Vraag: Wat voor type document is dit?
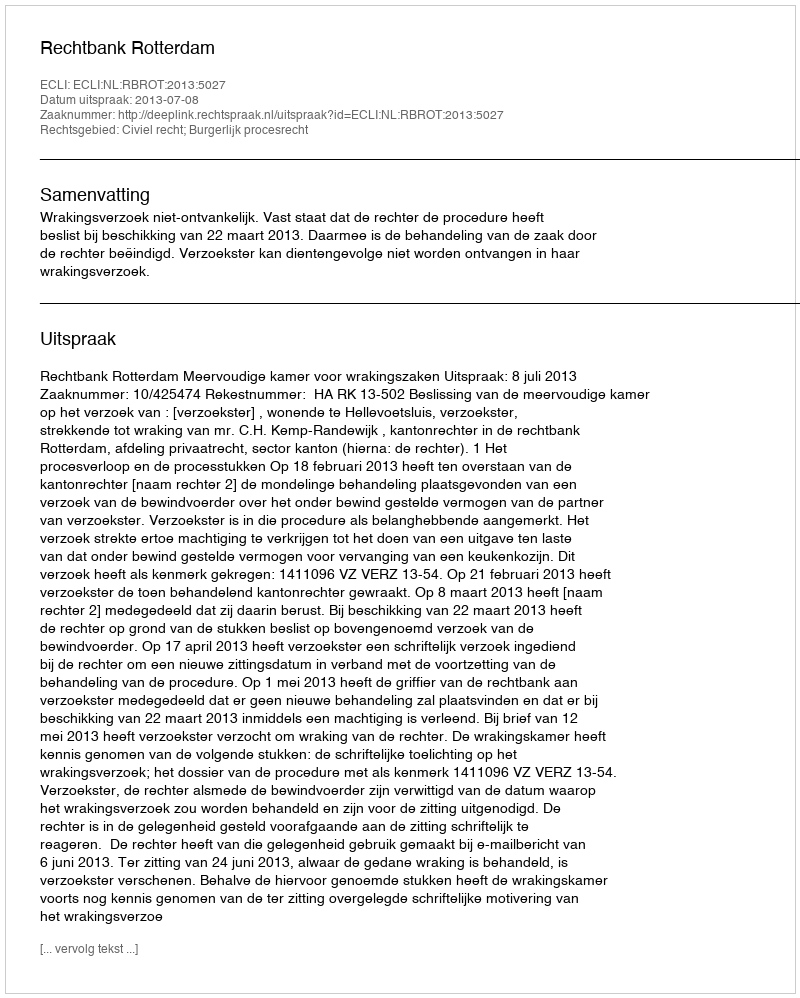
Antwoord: Uitspraak